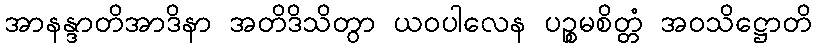
အာနန္ဒာတိအာဒိနာ အတိဒိသိတွာ ယဝပါလေန ပဉ္စမစိတ္တံ အဝသိဋ္ဌောတိ